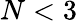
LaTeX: N<3